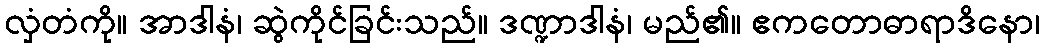
လှံတံကို။ အာဒါနံ၊ ဆွဲကိုင်ခြင်းသည်။ ဒဏ္ဍာဒါနံ၊ မည်၏။ ဧကတောဓာရာဒိနော၊